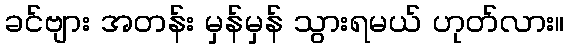
ခင်ဗျား အတန်း မှန်မှန် သွားရမယ် ဟုတ်လား။